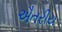
ઐતરીય